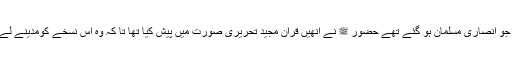
ایک بڑی اہم بات یہ ہے کہ بیعتِ عقبہ اول میں جو انصاری مسلمان ہو گئے تھے حضور ﷺ نے انھیں قران مجید تحریری صورت میں پیش کیا تھا تا کہ وہ اس نسخے کومدینے لے جائیں اوروہاں لوگوں کو آیات پڑھ کے سنائیں ۔